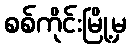
စစ်ကိုင်းမြို့မှ